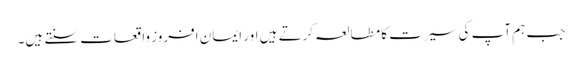
جب ہم آپ کی سیرت کا مطالعہ کرتے ہیں اور ایمان افروز واقعات سنتے ہیں۔